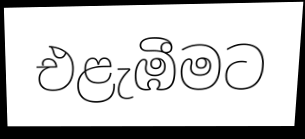
එළැඹීමට